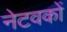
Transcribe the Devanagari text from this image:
नेटवकों